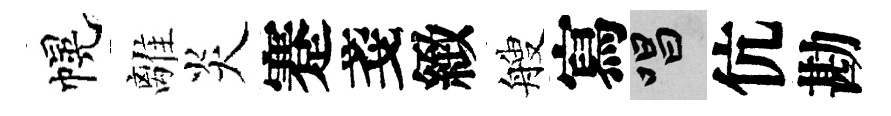
幌離炎蹇戔緻艘寫唱伉勘